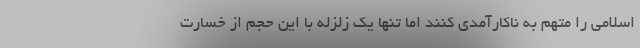
اسلامی را متهم به ناکارآمدی کنند اما تنها یک زلزله با این حجم از خسارت